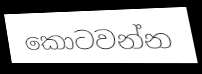
කොටවන්න